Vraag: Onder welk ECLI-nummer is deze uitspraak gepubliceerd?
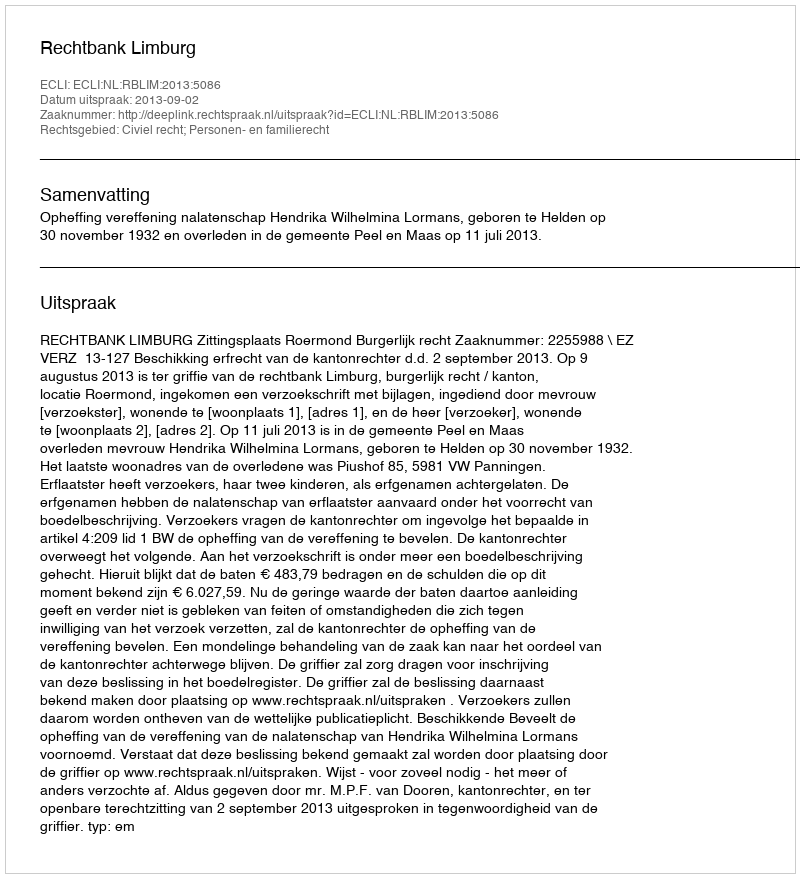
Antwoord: ECLI:NL:RBLIM:2013:5086